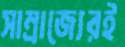
সাম্রাজ্যেরই